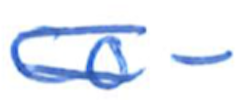
Text: co-
Cross-out: double-line
Writing tool: ballpoint